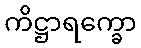
ကိဋ္ဌာရက္ခော